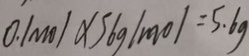
0 . 1 m o l \times 5 6 g \vert m o l = 5 . 6 g